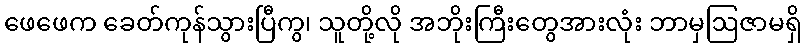
ဖေဖေက ခေတ်ကုန်သွားပြီကွ၊ သူတို့လို အဘိုးကြီးတွေအားလုံး ဘာမှဩဇာမရှိ